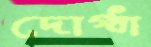
দোগ্ধা